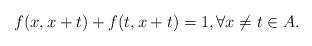
LaTeX: \begin{align*}f(x,x+t)+f(t,x+t)=1, \forall x \ne t \in A.\end{align*}